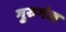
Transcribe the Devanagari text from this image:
गुरुगंज